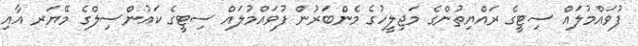
ފުވައްމުލައް ސިޓީގެ ރައްޔިތުންގެ މަޖިލީހުގެ މެންބަރުން ފުވައްމުލައް ސިޓީގެ ކައުންސިލްގެ މޭޔަރ އާއި